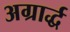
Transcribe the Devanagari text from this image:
अग्रार्द्ध